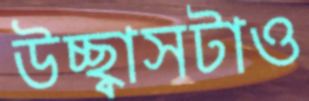
উচ্ছ্বাসটাও